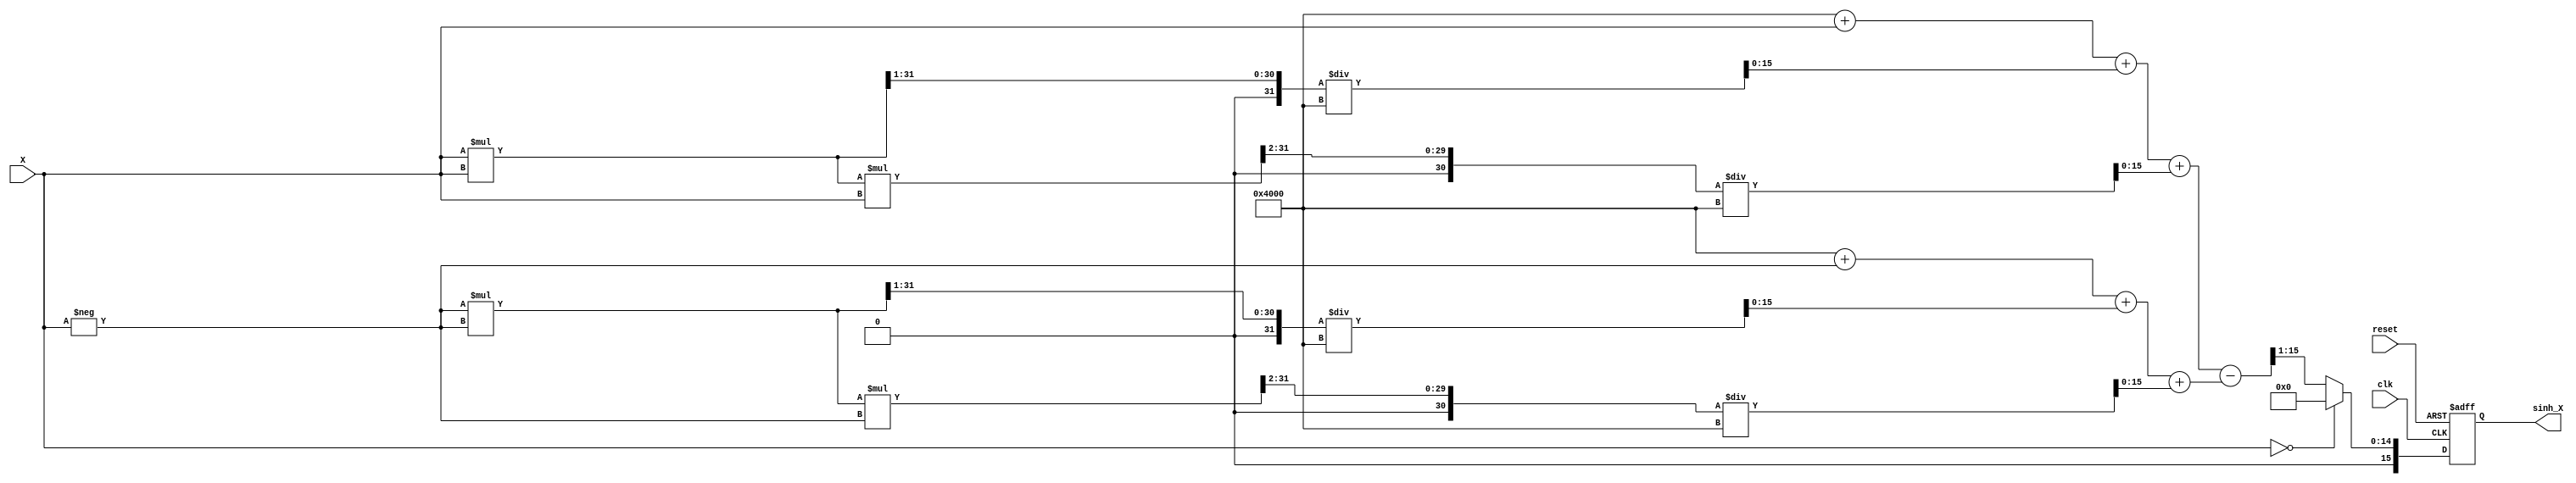
module sinh_arithmetic_block(
    input wire signed [15:0] X,            // Input value (fixed-point representation)
    output reg signed [15:0] sinh_X,       // Output value (computed sinh)
    input wire clk,                         // Clock signal
    input wire reset                        // Reset signal
);

    // Internal signals
    wire signed [15:0] exp_X;              // e^X
    wire signed [15:0] exp_neg_X;          // e^(-X)
    wire signed [15:0] exp_diff;           // e^X - e^(-X)
    wire signed [15:0] divided_result;      // (e^X - e^(-X)) / 2

    // Special case handling
    always @(posedge clk or posedge reset) begin
        if (reset) begin
            sinh_X <= 16'b0;                // Reset output
        end else if (X == 16'b0) begin
            sinh_X <= 16'b0;                // sinh(0) = 0
        end else begin
            sinh_X <= divided_result;        // Assign the computed result
        end
    end

    // Simple exponentiation approximation for e^X
    function signed [15:0] exp_approx;
        input signed [15:0] x;
        begin
            // For simplicity, we approximate e^x using a Taylor series or a lookup table
            // This is a placeholder for actual implementation
            exp_approx = (1 << 14) + x + (x * x >> 1) / (1 << 14) + (x * x * x >> 2) / (1 << 14); // e^x approximation
        end
    endfunction

    // Compute e^X and e^(-X)
    assign exp_X = exp_approx(X);
    assign exp_neg_X = exp_approx(-X);

    // Compute e^X - e^(-X)
    assign exp_diff = exp_X - exp_neg_X;

    // Divide by 2
    assign divided_result = exp_diff >> 1; // Division by 2 using right shift

endmodule